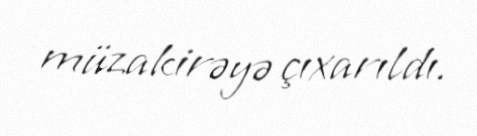
müzakirəyə çıxarıldı.